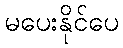
မပေးနိုင်ပေ